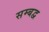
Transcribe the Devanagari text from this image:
सम्‍बद्व